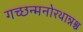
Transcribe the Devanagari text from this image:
गच्छन्मनोरथान्नश्च